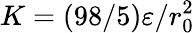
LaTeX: K=(98/5)\varepsilon/r_{0}^{2}